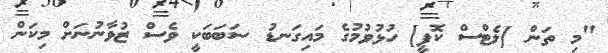
"މި ތަން [ލެޓްސް ކޮފީ] ހުޅުވުމުގެ މައިގަނޑު ސަބަބަކީ ވެސް ޒުވާނުނަށް މިކަން